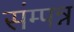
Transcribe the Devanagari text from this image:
संम्पन्न